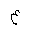
Letter: _ayn